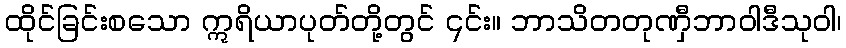
ထိုင်ခြင်းစသော ဣရိယာပုတ်တို့တွင် ၎င်း။ ဘာသိတတုဏှီဘာဝါဒီသုဝါ၊